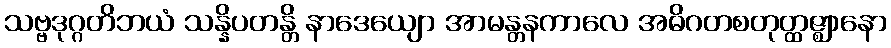
သဗ္ဗဒုဂ္ဂတိဘယံ သန္နိပတန္တိ နာဒေယျော အာမန္တနကာလေ အဓိဂတစတုတ္ထဇ္ဈာနော